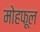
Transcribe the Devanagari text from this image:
मोहफूल